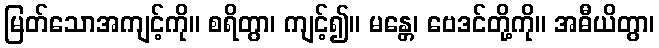
မြတ်သောအကျင့်ကို။ စရိတွာ၊ ကျင့်၍။ မန္တေ၊ ဗေဒင်တို့ကို။ အဓီယိတွာ၊